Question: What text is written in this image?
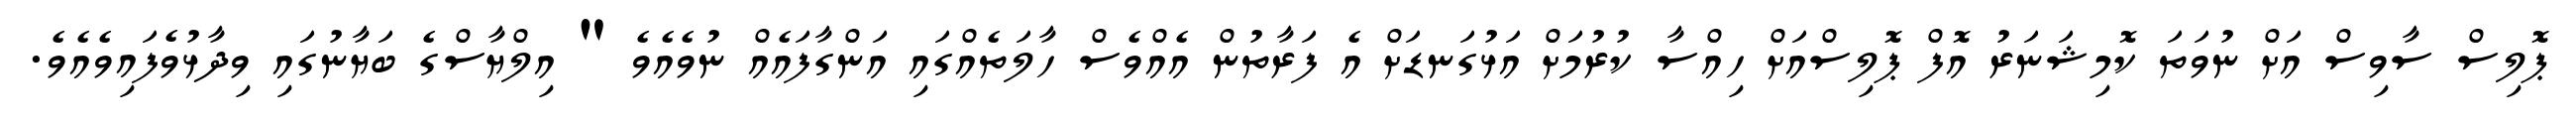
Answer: ޕޮލިސް ސާވިސް އަށް ނުވަތަ ކޮމިޝަނަރު އޮފް ޕޮލިސްއަށް ހިއްސާ ކުރުމަށް އަޅުގަނޑަށް އެ ފަރާތުން އެއްވެސް ހާލަތެއްގައި އަންގާފައެއް ނުވެއެވެ " އިލްޔާސްގެ ބަޔާނުގައި ވިދާޅުވެފައިވެއެވެ.